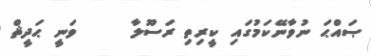
ޞައްޙަ ނުވާނޭކަމުގައި ކީރިތި ރަސޫލާ     ވަނީ ޙަދީޘް